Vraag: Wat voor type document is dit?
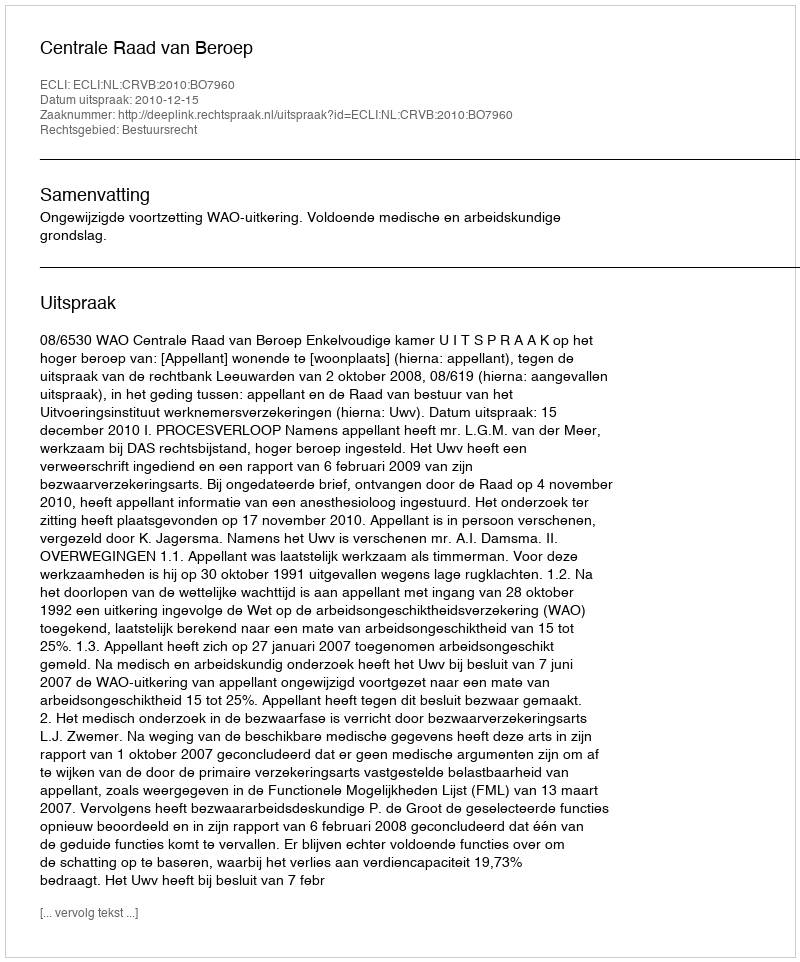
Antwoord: Uitspraak